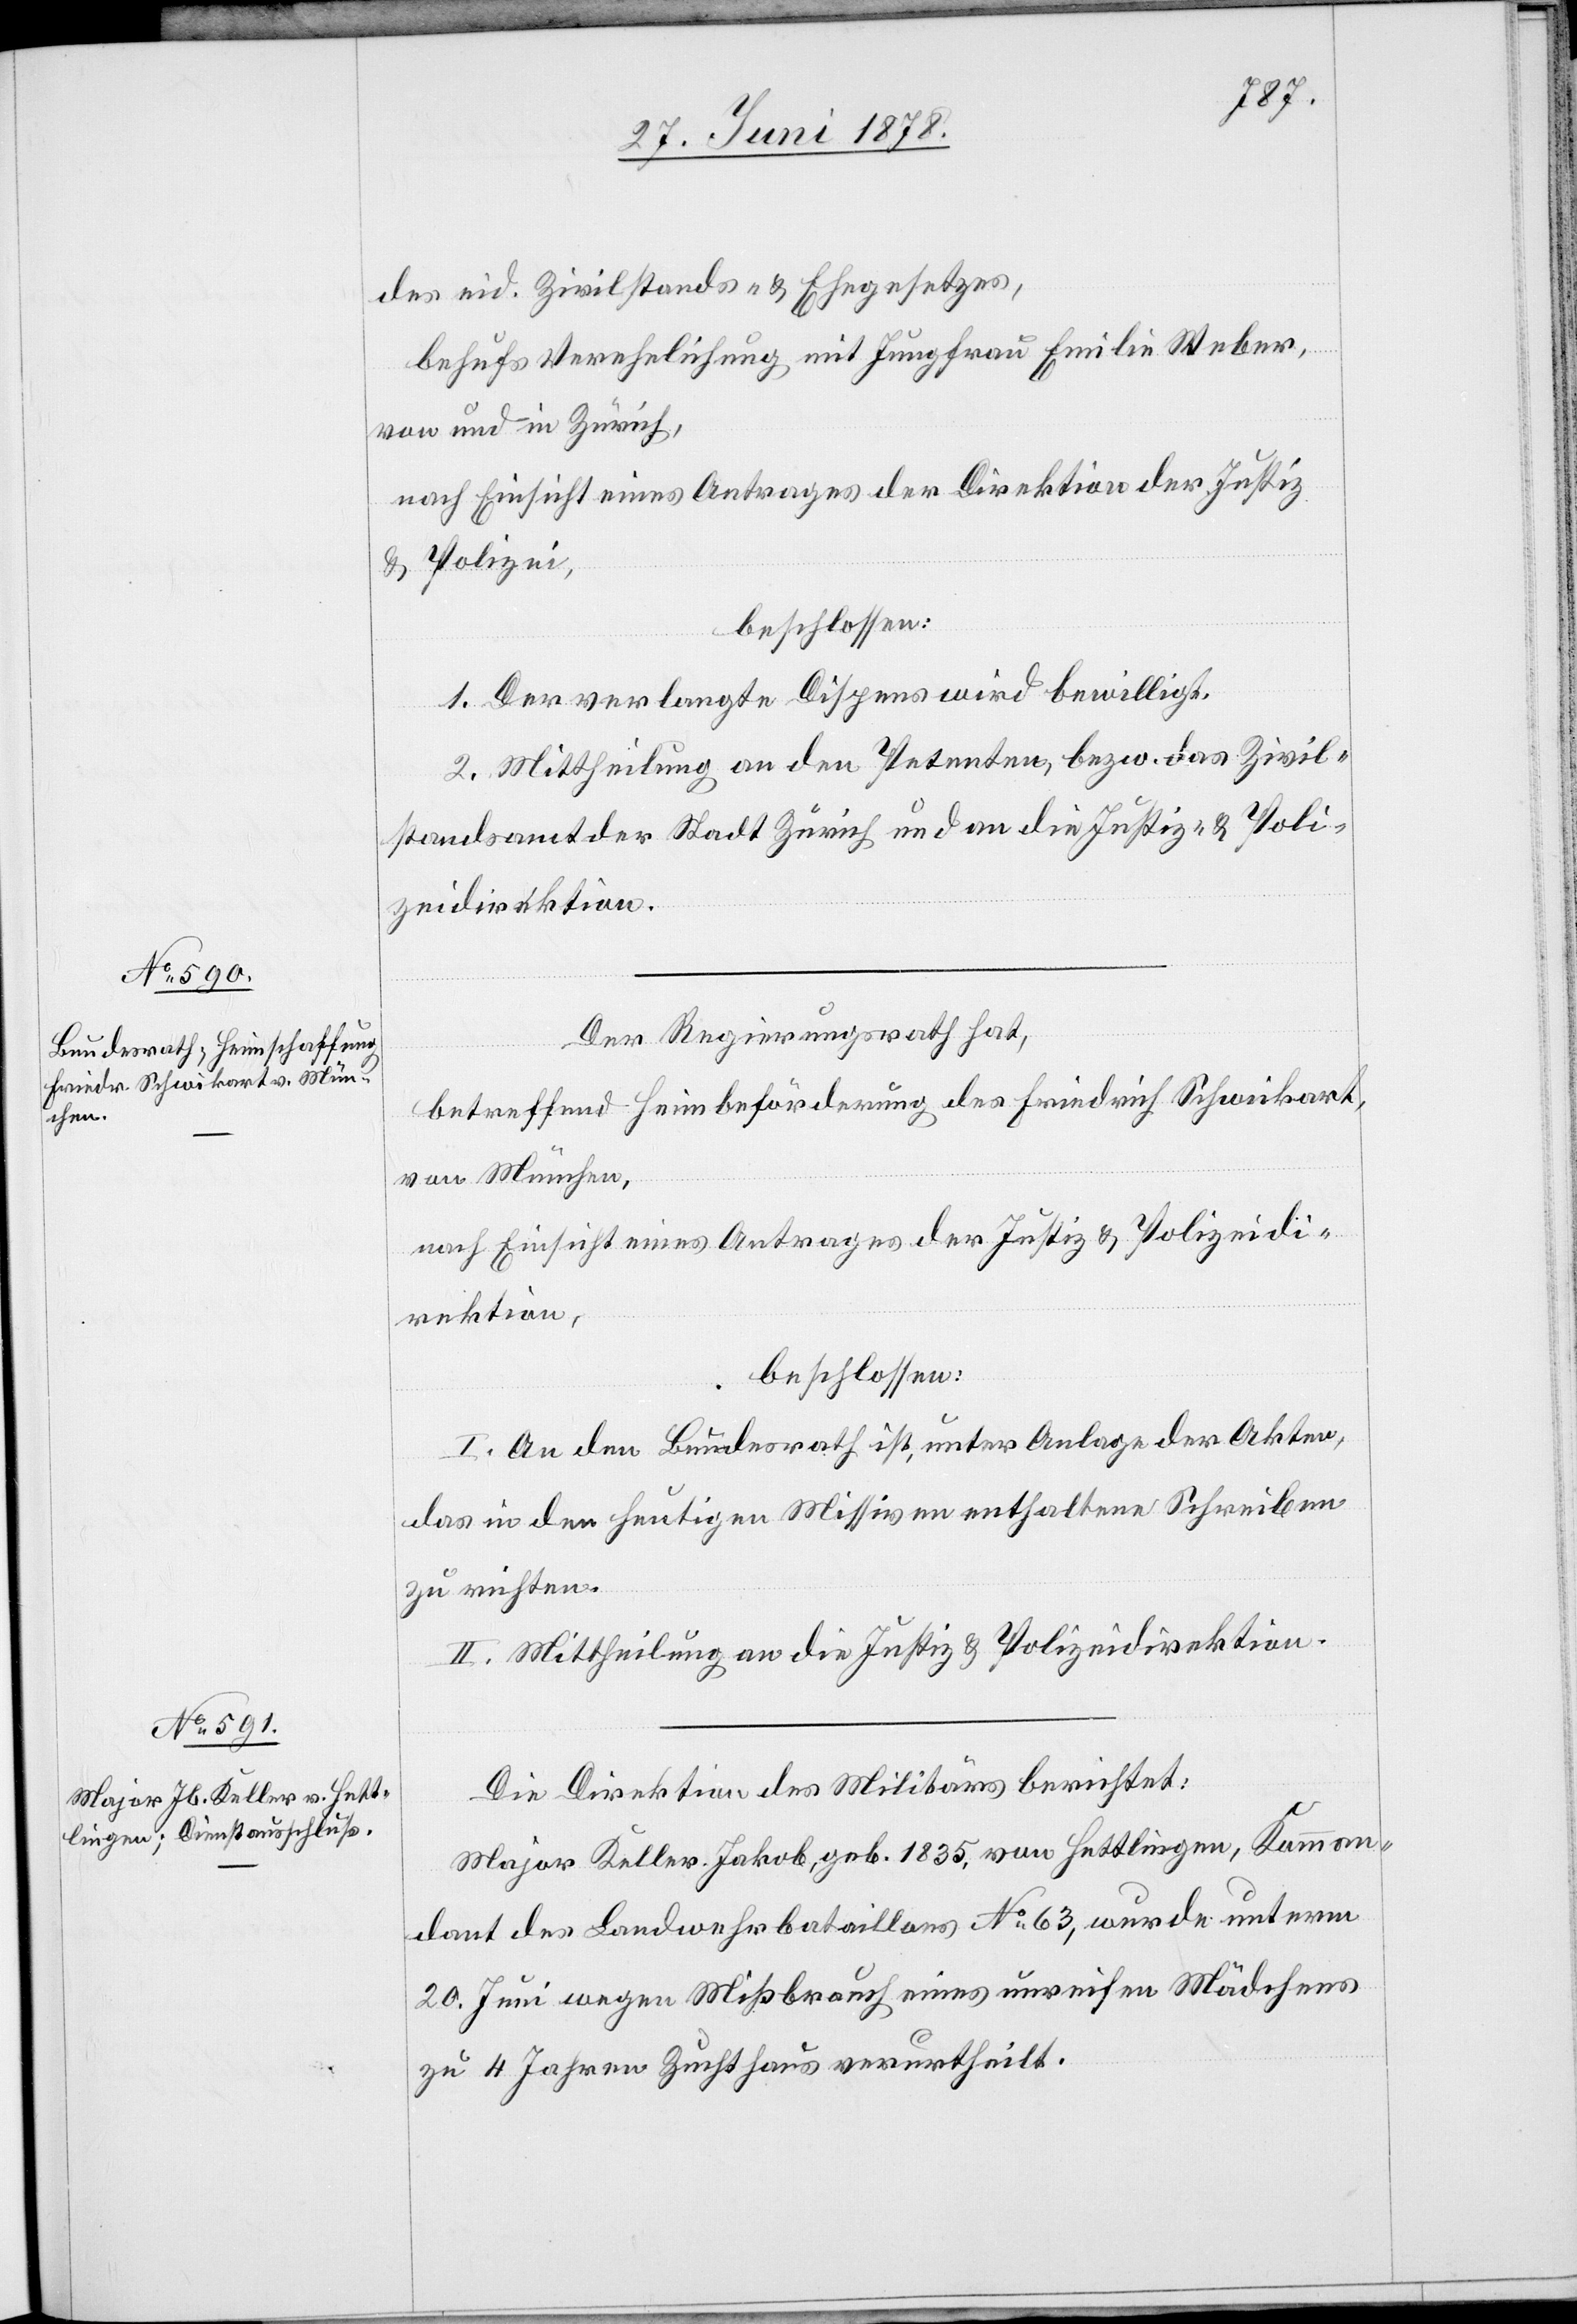
des eid. Zivilstands- & Ehegesetzes,
behufs Verehelichung mit Jungfrau Emilie Weber,
von und in Zürich,
nach Einsicht eines Antrages der Direktion der Justiz
& Polizei,
beschlossen:
1. Der verlangte Dispens wird bewilligt.
2. Mittheilung an den Petenten, bezw. das Zivil¬
standsamt der Stadt Zürich und an die Justiz- & Poli¬
zeidirektion.
Der Regierungsrath hat,
betreffend Heimbeförderung des Friedrich Schwickart,
von München,
nach Einsicht eines Antrages der Justiz- & Polizeidi¬
rektion,
beschlossen:
I. An den Bundesrath ist, unter Anlage der Akten,
das in den heutigen Missiven enthaltene Schreiben
zu richten.
II. Mittheilung an die Justiz- & Polizeidirektion.
Die Direktion des Militärs berichtet:
Major Keller Jakob, geb. 1835, von Hettlingen, Komman¬
dant des Landwehrbataillons No 63, wurde unterm
20. Juni wegen Mißbrauch eines unreifen Mädchens
zu 4 Jahren Zuchthaus verurtheilt.